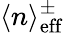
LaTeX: \langle n\rangle_{\mathrm{eff}}^{\pm}